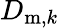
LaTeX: D_{\mathrm{m},k}